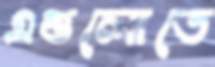
এগুলোতে